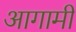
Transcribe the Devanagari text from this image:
अागामी